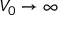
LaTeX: V _ { 0 } \to \infty